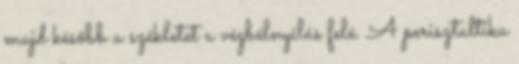
majd később a székletet a végbélnyílás felé. A perisztaltika